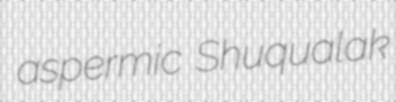
aspermic Shuqualak